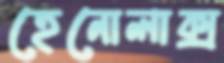
হেনোলাক্স